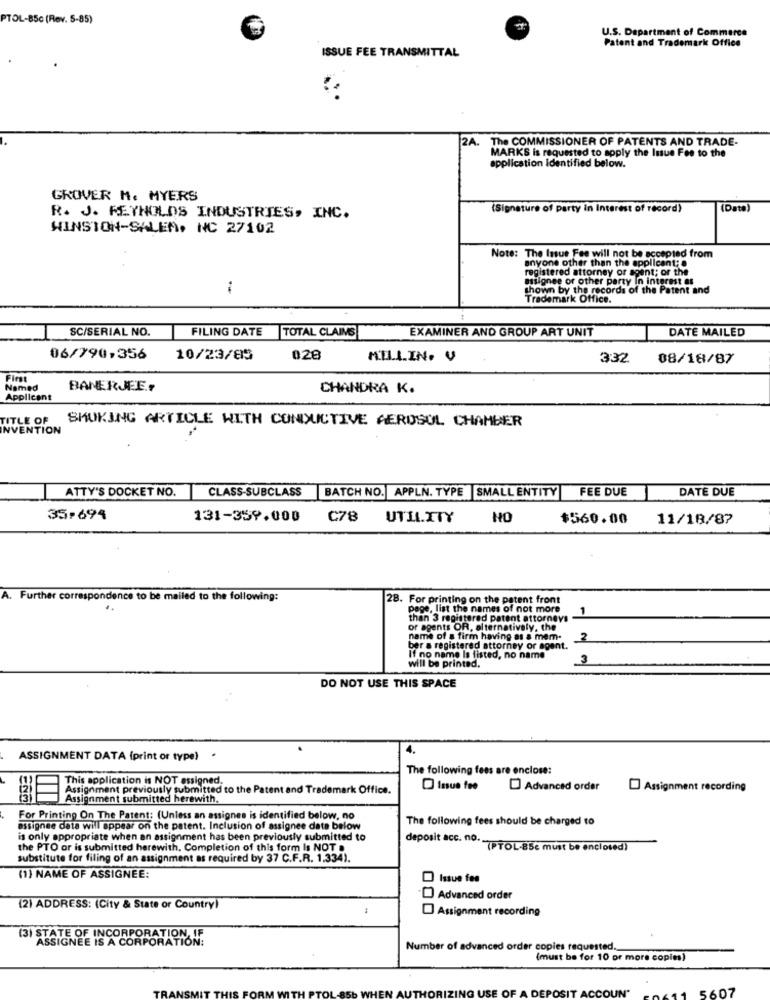
PTOL-85c (Rev. 5-85)
U.S. Department of Commerce
ISSUE FEE TRANSMITTAL
Patent and Trademark Office
2A. The COMMISSIONER OF PATENTS AND TRADE-
MARKS is requested to apply the Issue Fee to the
application Identified below.
GROVER M. MYERS
(Signature of Party in Interest of record)
(Dato)
R. J. REYNOLDS INDUSTRIES, INC.
WINSTON-SALEM, NC 27102
Note: The Issue Fee will not be accepted from
anyone other than the applicant; @
registered attorney or agent; or the
register
Tonee or other party In interest as
shown by the records of the Patent and
Trademark Office.
SC/SERIAL NO.
FILING DATE
TOTAL CLAIMS
DATE MAILED
EXAMINER AND GROUP ART UNIT
06/790,356
10/23/85
028
MILLIN. V
3:32
08/18/87
First
Named
BANERJEE ..
CHANDRA K.
Applicant
TITLE OF
SMOKING ARTICLE WITH CONDUCTIVE AEROSOL CHAMBER
INVENTION
ATTY'S DOCKET NO.
CLASS-SUBCLASS
FEE DUE
BATCH NO. APPLN. TYPE |SMALL ENTITY
DATE DUE
35-694
131-359.000
C78 UTILITY
NO
$560.00
11/18/87
. Further correspondence to be mailed to the following:
28. For printing on the patent front
.
pege, list the names of not more
than 3 registered patent attorneys
or agents OR, alternatively, the
name of a firm having as a mem-
2
ber a registered attorney or agent.
If no name Is fisted, no name
will be printed.
3
DO NOT USE THIS SPACE
4.
ASSIGNMENT DATA (print or type)
The following fees are enclose:
This application is NOT assigned.
Advanced order
Assignment recording
|Assignment previously submitted to the Patent and Trademark Office.
Assignment submitted herewith,
For Printing On The Patent: (Unless an assignes is identified below, no
The following fees should be charged to
assignee data will appear on the patent. Inclusion of assignee date below
is only appropriate when an assignment has been previously submitted to
deposit acc. no.
the PTO or is submitted herewith. Completion of this form Is NOT
. (PTOL-85c must be enclosed)
substitute for filing of an assignment as required by 37 C.F.R. 1.334).
(1) NAME OF ASSIGNEE:
Issue fes
Advanced order
(2) ADDRESS: (City & State or Country)
Assignment recording
(3) STATE OF INCORPORATION, IF
ASSIGNEE IS A CORPORATION:
Number of advanced order copies requested.
(must be for 10 or more copies)
5607